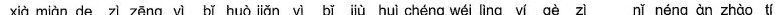
xià miàn de zì zēng yì bǐ jiǎn yì bǐ jiù huì chéng wéi lìng yí gè zì nǐ néng àn zhào tí